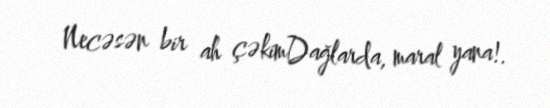
Necəsən bir ah çəkimDağlarda, maral yana!.